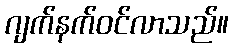
ဂျက်နက်ဝင်လာသည်။